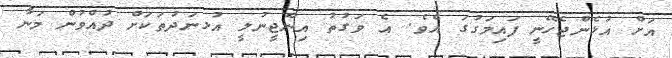
އަށް އުޅެންޖެހޭނީ ފައިމަގުގަ އެވެ. އެ ވަގުތު އިންޖީނުލީ އުޅނަދުތަކަށް ދުއްވުން މަނާ